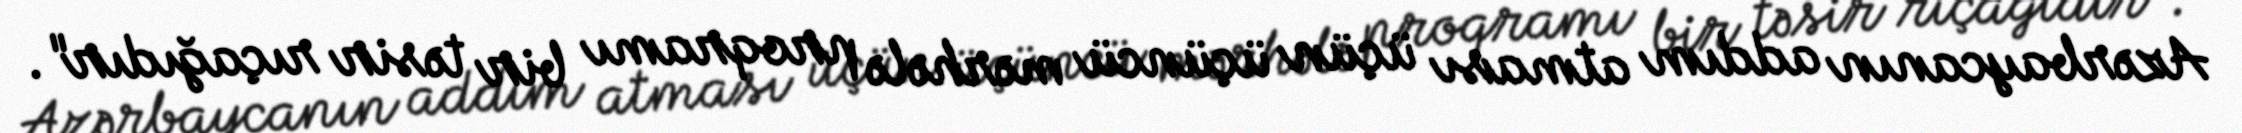
Azərbaycanın addım atması üçün üçüncü mərhələ proqramı bir təsir rıçağıdır".